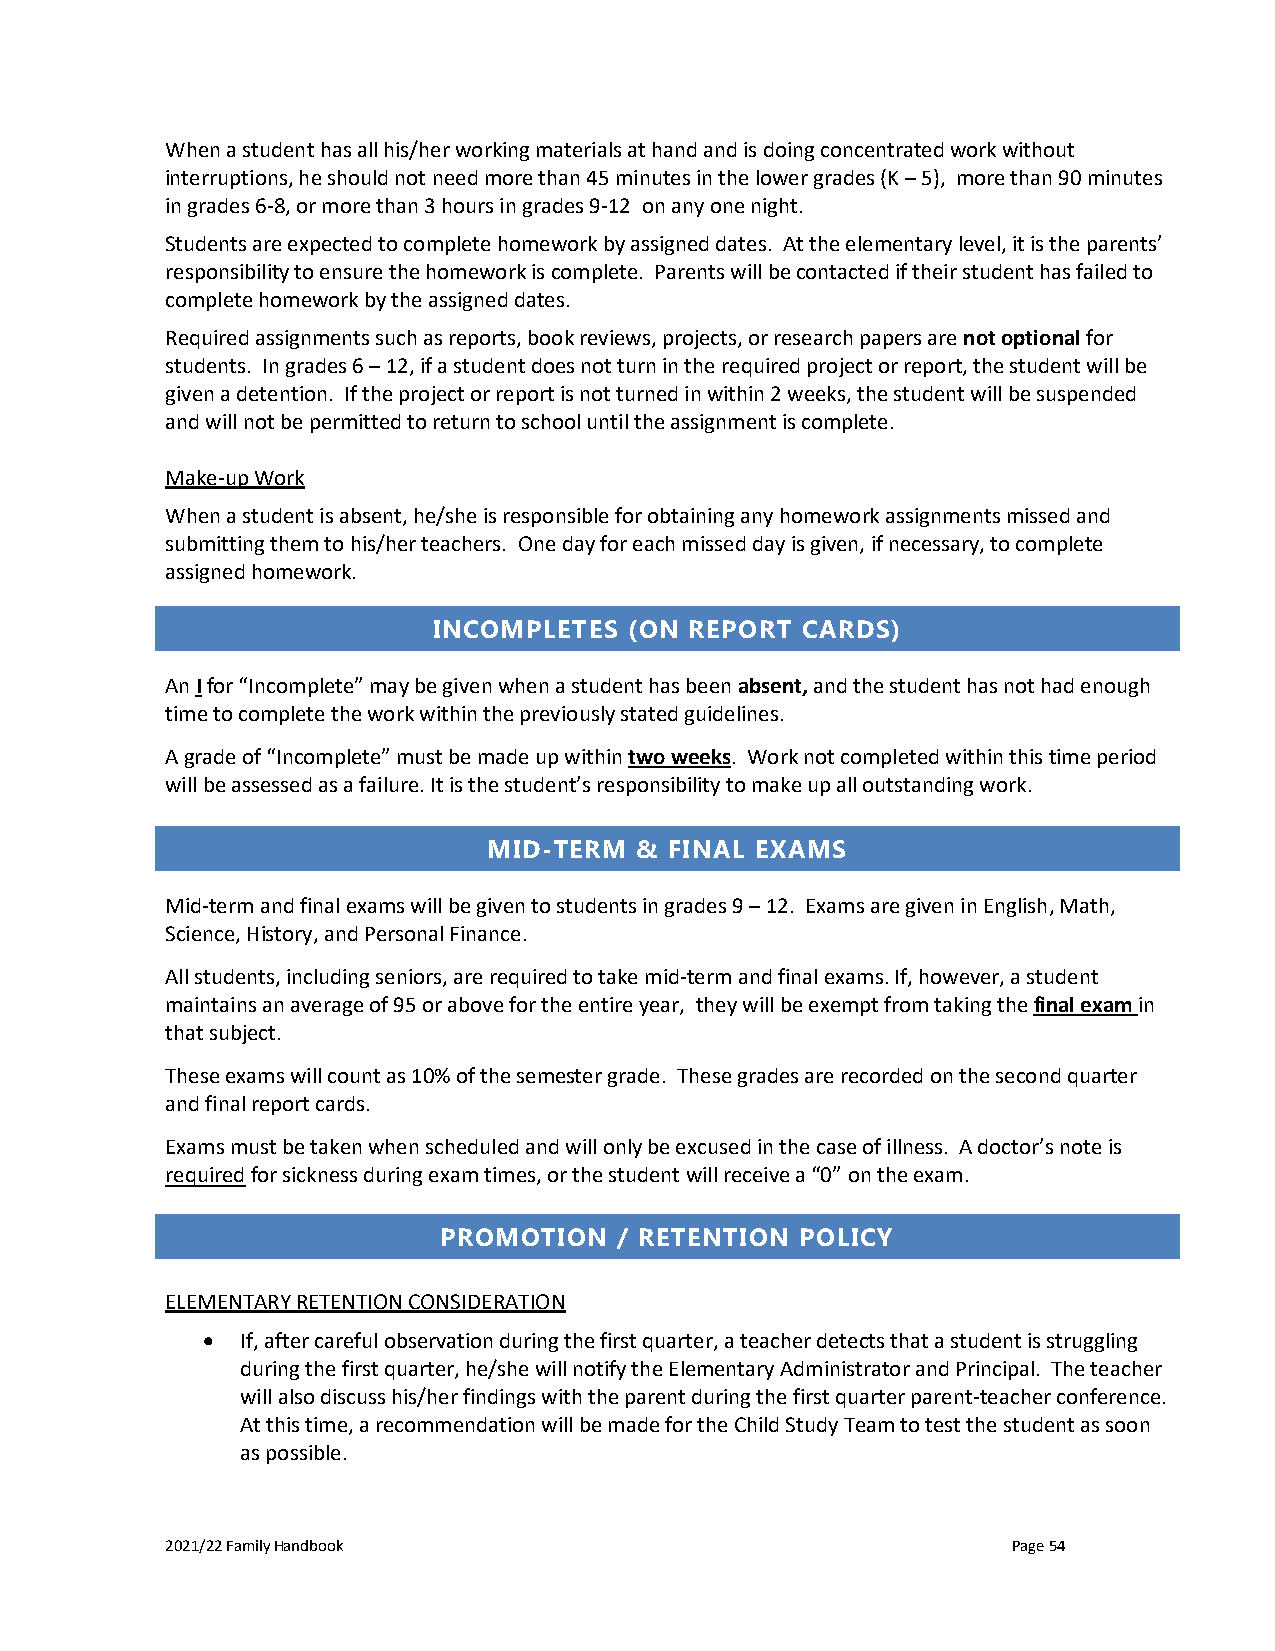
When a student has all his/her working materials at hand and is doing concentrated work without
 interruptions, he should not need more than 45 minutes in the lower grades (K – 5), more than 90 minutes
 in grades 6-8, or more than 3 hours in grades 9-12 on any one night.
 Students are expected to complete homework by assigned dates. At the elementary level, it is the parents’
 responsibility to ensure the homework is complete. Parents will be contacted if their student has failed to
 complete homework by the assigned dates.
 Required assignments such as reports, book reviews, projects, or research papers are not optional for
 students. In grades 6 – 12, if a student does not turn in the required project or report, the student will be
 given a detention. If the project or report is not turned in within 2 weeks, the student will be suspended
 and will not be permitted to return to school until the assignment is complete.
 Make-up Work
 When a student is absent, he/she is responsible for obtaining any homework assignments missed and
 submitting them to his/her teachers. One day for each missed day is given, if necessary, to complete
 assigned homework.
 INCOMPLETES  (ON REPORT CARDS)
 An I for “Incomplete” may be given when a student has been absent, and the student has not had enough
 time to complete the work within the previously stated guidelines.
 A grade of “Incomplete” must be made up within two weeks. Work not completed within this time period
 will be assessed as a failure. It is the student’s responsibility to make up all outstanding work.
 MID-TERM  & FINAL EXAMS
 Mid-term and final exams will be given to students in grades 9 – 12. Exams are given in English, Math,
 Science, History, and Personal Finance.
 All students, including seniors, are required to take mid-term and final exams. If, however, a student
 maintains an average of 95 or above for the entire year, they will be exempt from taking the final exam in
 that subject.
 These exams will count as 10% of the semester grade. These grades are recorded on the second quarter
 and final report cards.
 Exams must be taken when scheduled and will only be excused in the case of illness. A doctor’s note is
 required for sickness during exam times, or the student will receive a “0” on the exam.
 PROMOTION   / RETENTION POLICY
 ELEMENTARY RETENTION CONSIDERATION
 •  If, after careful observation during the first quarter, a teacher detects that a student is struggling
 during the first quarter, he/she will notify the Elementary Administrator and Principal. The teacher
 will also discuss his/her findings with the parent during the first quarter parent-teacher conference.
 At this time, a recommendation will be made for the Child Study Team to test the student as soon
 as possible.
 2021/22 Family Handbook                                 Page 54